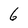
Character: 6